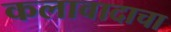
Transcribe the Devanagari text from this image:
कलावादाचा